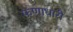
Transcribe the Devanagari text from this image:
फणाधारी